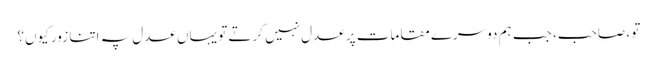
تو ، صاحب، جب ہم دوسرے مقامات پر عدل نہیں کرتے تو یہاں عدل پہ اتنا زور کیوں؟